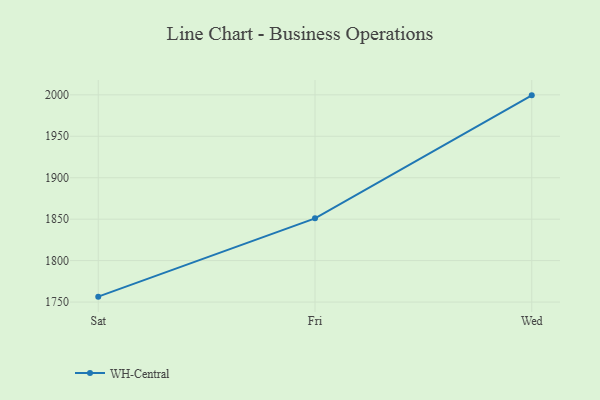
{"axis": {"x": "Day", "y": "Headcount"}, "legend": ["WH-Central"], "data": [{"x": "Sat", "y": 1756.5, "type": "WH-Central"}, {"x": "Fri", "y": 1851.0, "type": "WH-Central"}, {"x": "Wed", "y": 1999.4, "type": "WH-Central"}]}